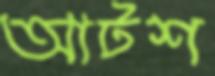
আটশ